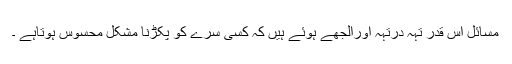
مسائل اس قدر تہہ درتہہ اورالجھے ہوئے ہیں کہ کسی سرے کو پکڑنا مشکل محسوس ہوتاہے ۔